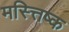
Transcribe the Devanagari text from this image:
मस्त्तिष्क